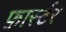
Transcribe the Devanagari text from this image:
फ़ार्स्टर